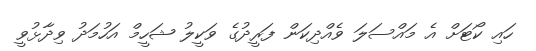
ހައި ކޯޓަށް އެ މައްސަލަ ވެއްދިކަން ފަރީދުގެ ވަކީލު ޝަހީމް އަހުމަދު ވިދާޅުވީ